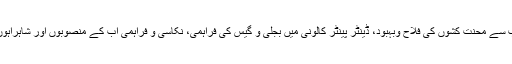
اجلاس سے خطاب کرتے ہوئے استاد تاج محمد شیخ کا کہنا تھا کہ ایسوسی ایشن کی جانب سے محنت کشوں کی فلاح وبہبود، ڈینٹر پینٹر کالونی میں بجلی و گیس کی فراہمی، نکاسی و فراہمی آب کے منصوبوں اور شاہراہوں کی تعمیر سمیت دیگر معاملات کو بہتر بنانے کے لئے موثر اقدامات کئے جارہے ہیں۔